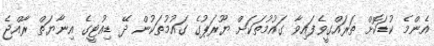
އެންމެ ކުޑަކޮށް ތަރައްގީވެފައިވާ ގައުމުތަކަށް ޔޫރަޕުގެ ގައުމުތަކުން ދޭ ޑިއުޓީގެ އިނާޔަތް ރާއްޖެ